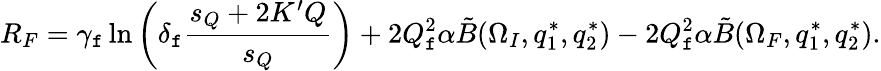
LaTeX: R_{F}=\gamma_{\mathtt{f}}\ln\left(\delta_{\mathtt{f}}{\frac{{s_{Q}+2K^{\prime}Q}}{{s_{Q}}}}\right)+2Q_{\mathtt{f}}^{2}\alpha\tilde{{B}}(\Omega_{I},q_{1}^{*},q_{2}^{*})-2Q_{\mathtt{f}}^{2}\alpha\tilde{{B}}(\Omega_{F},q_{1}^{*},q_{2}^{*}).